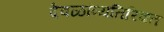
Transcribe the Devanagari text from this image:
देवळांव्यतिरिक्‍त